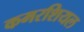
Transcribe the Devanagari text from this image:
कमरशियल